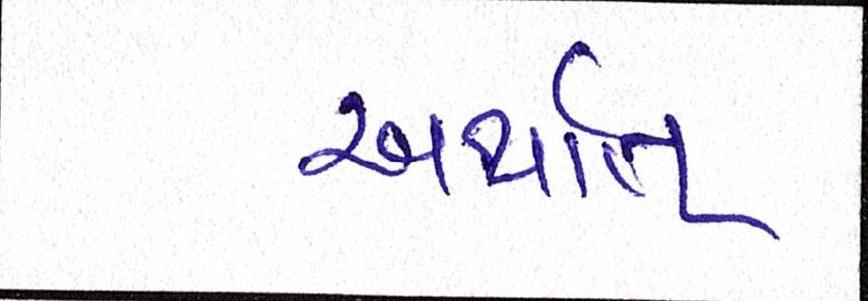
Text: અર્થાત્